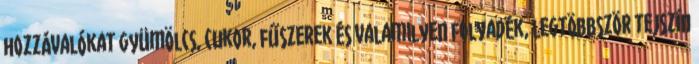
hozzávalókat gyümölcs, cukor, fűszerek és valamilyen folyadék, legtöbbször tejszín